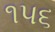
૧૫૬